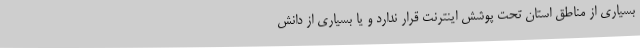
بسیاری از مناطق استان تحت پوشش اینترنت قرار ندارد و یا بسیاری از دانش